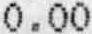
0.00